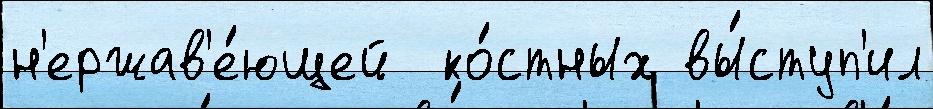
н'ержав'е́ющей  ко́стных вы́ступ'ил